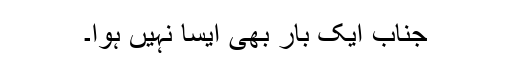
جناب ایک بار بھی ایسا نہیں ہوا۔